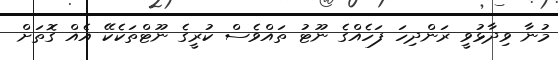
މުނާ ވިދާޅުވީ ރަންދިހަ ފަހެއްގެ ނޫޓު ތައްވެސް ކުރީގެ ނޫޓްތަކެކޭ އެއް ގޮތަށް